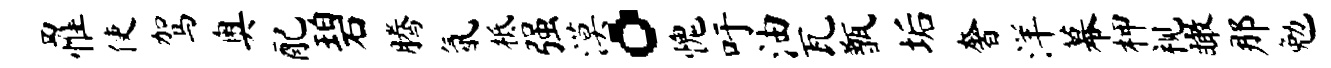
罹使驾奥配碧腾氤柢强漠。愧吁油瓦甑垢奢洋幕柙视瞰那勉